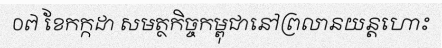
០៧ ខែកក្កដា សមត្ថកិច្ចកម្ពុជានៅព្រលានយន្តហោះ